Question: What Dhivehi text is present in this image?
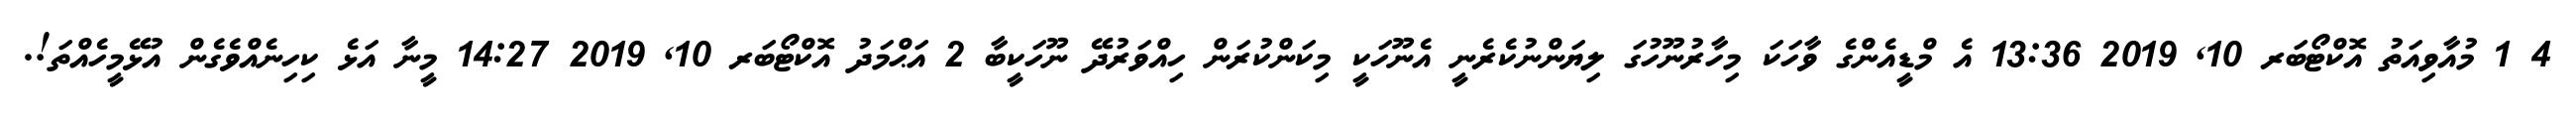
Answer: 4 1 މުއާވިއަތު އޮކްޓޯބަރ 10, 2019 13:36 އެ މްޑީއެންގެ ވާހަކަ މިހާރުނޫހުގަ ލިޔަންނުކެރެނީ އެނޫހަކީ މިކަންކުރަން ހިއްވަރުދޭ ނޫހަކީބާ 2 އަޙްމަދު އޮކްޓޯބަރ 10, 2019 14:27 މީނާ އަޅެ ކިހިނެއްވެގެން އުޅޭމީހެއްތަ!.